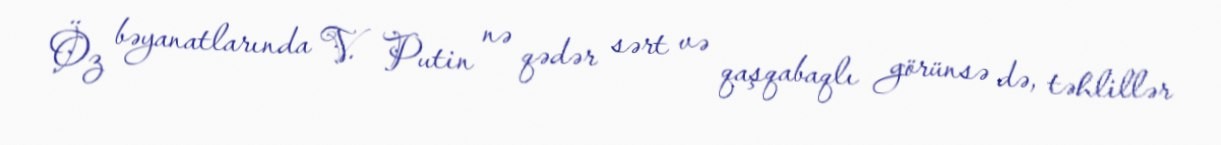
Öz bəyanatlarında V. Putin nə qədər sərt və qaşqabaqlı görünsə də, təhlillər